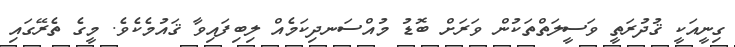
ގިނީއަކީ ޤުދުރަތީ ވަސީލަތްތަކުން ވަރަށް ބޮޑު މުއްސަނދިކަމެއް ލިބިފައިވާ ޤައުމެކެވެ. މީގެ ތެރޭގައި